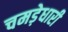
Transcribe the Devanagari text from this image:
चमड़ेधारी